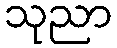
သုညာ